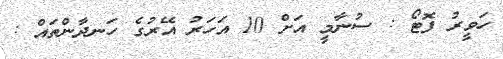
ހަވީރު ފޮޓޯ : ސުނާމީ އަށް 10 އަހަރު އޭރުގެ ހަނދާންތައް :